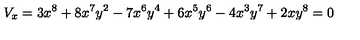
V _ { x } = 3 { x ^ { 8 } } + 8 { x ^ { 7 } } { y ^ { 2 } } - 7 { x ^ { 6 } } { y ^ { 4 } } + 6 { x ^ { 5 } } { y ^ { 6 } } - 4 { x ^ { 3 } } { y ^ { 7 } } + 2 x { y ^ { 8 } } = 0